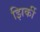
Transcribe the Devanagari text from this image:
झिर्की